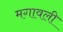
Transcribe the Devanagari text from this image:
मगावली